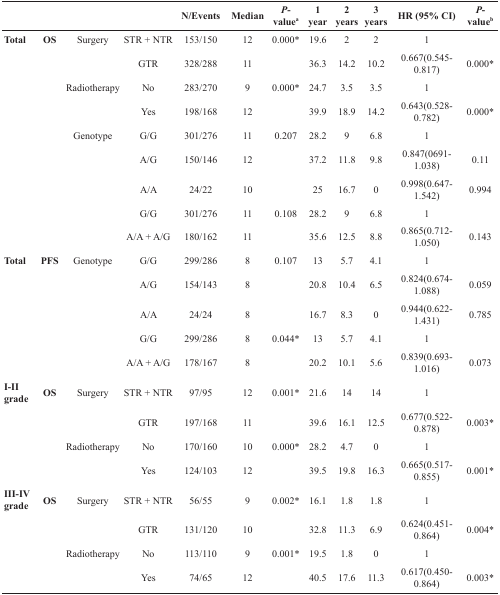
<table><thead><tr><td></td><td></td><td></td><td></td><td><b>N/Events</b></td><td><b>Median</b></td><td><b><i>P</i>-value<sup>a</sup></b></td><td><b>1 year</b></td><td><b>2 years</b></td><td><b>3 years</b></td><td><b>HR (95% CI)</b></td><td><b><i>P</i>-value<sup>b</sup></b></td></tr></thead><tbody><tr><td><b>Total</b></td><td><b>OS</b></td><td>Surgery</td><td>STR + NTR</td><td>153/150</td><td>12</td><td>0.000*</td><td>19.6</td><td>2</td><td>2</td><td>1</td><td></td></tr><tr><td></td><td></td><td></td><td>GTR</td><td>328/288</td><td>11</td><td></td><td>36.3</td><td>14.2</td><td>10.2</td><td>0.667(0.545-0.817)</td><td>0.000*</td></tr><tr><td></td><td></td><td>Radiotherapy</td><td>No</td><td>283/270</td><td>9</td><td>0.000*</td><td>24.7</td><td>3.5</td><td>3.5</td><td>1</td><td></td></tr><tr><td></td><td></td><td></td><td>Yes</td><td>198/168</td><td>12</td><td></td><td>39.9</td><td>18.9</td><td>14.2</td><td>0.643(0.528-0.782)</td><td>0.000*</td></tr><tr><td></td><td></td><td>Genotype</td><td>G/G</td><td>301/276</td><td>11</td><td>0.207</td><td>28.2</td><td>9</td><td>6.8</td><td>1</td><td></td></tr><tr><td></td><td></td><td></td><td>A/G</td><td>150/146</td><td>12</td><td></td><td>37.2</td><td>11.8</td><td>9.8</td><td>0.847(0691-1.038)</td><td>0.11</td></tr><tr><td></td><td></td><td></td><td>A/A</td><td>24/22</td><td>10</td><td></td><td>25</td><td>16.7</td><td>0</td><td>0.998(0.647-1.542)</td><td>0.994</td></tr><tr><td></td><td></td><td></td><td>G/G</td><td>301/276</td><td>11</td><td>0.108</td><td>28.2</td><td>9</td><td>6.8</td><td>1</td><td></td></tr><tr><td></td><td></td><td></td><td>A/A + A/G</td><td>180/162</td><td>11</td><td></td><td>35.6</td><td>12.5</td><td>8.8</td><td>0.865(0.712-1.050)</td><td>0.143</td></tr><tr><td><b>Total</b></td><td><b>PFS</b></td><td>Genotype</td><td>G/G</td><td>299/286</td><td>8</td><td>0.107</td><td>13</td><td>5.7</td><td>4.1</td><td>1</td><td></td></tr><tr><td></td><td></td><td></td><td>A/G</td><td>154/143</td><td>8</td><td></td><td>20.8</td><td>10.4</td><td>6.5</td><td>0.824(0.674-1.088)</td><td>0.059</td></tr><tr><td></td><td></td><td></td><td>A/A</td><td>24/24</td><td>8</td><td></td><td>16.7</td><td>8.3</td><td>0</td><td>0.944(0.622-1.431)</td><td>0.785</td></tr><tr><td></td><td></td><td></td><td>G/G</td><td>299/286</td><td>8</td><td>0.044*</td><td>13</td><td>5.7</td><td>4.1</td><td>1</td><td></td></tr><tr><td></td><td></td><td></td><td>A/A + A/G</td><td>178/167</td><td>8</td><td></td><td>20.2</td><td>10.1</td><td>5.6</td><td>0.839(0.693-1.016)</td><td>0.073</td></tr><tr><td><b>I-II grade</b></td><td><b>OS</b></td><td>Surgery</td><td>STR + NTR</td><td>97/95</td><td>12</td><td>0.001*</td><td>21.6</td><td>14</td><td>14</td><td>1</td><td></td></tr><tr><td></td><td></td><td></td><td>GTR</td><td>197/168</td><td>11</td><td></td><td>39.6</td><td>16.1</td><td>12.5</td><td>0.677(0.522-0.878)</td><td>0.003*</td></tr><tr><td></td><td></td><td>Radiotherapy</td><td>No</td><td>170/160</td><td>10</td><td>0.000*</td><td>28.2</td><td>4.7</td><td>0</td><td>1</td><td></td></tr><tr><td></td><td></td><td></td><td>Yes</td><td>124/103</td><td>12</td><td></td><td>39.5</td><td>19.8</td><td>16.3</td><td>0.665(0.517-0.855)</td><td>0.001*</td></tr><tr><td><b>III-IV grade</b></td><td><b>OS</b></td><td>Surgery</td><td>STR + NTR</td><td>56/55</td><td>9</td><td>0.002*</td><td>16.1</td><td>1.8</td><td>1.8</td><td>1</td><td></td></tr><tr><td></td><td></td><td></td><td>GTR</td><td>131/120</td><td>10</td><td></td><td>32.8</td><td>11.3</td><td>6.9</td><td>0.624(0.451-0.864)</td><td>0.004*</td></tr><tr><td></td><td></td><td>Radiotherapy</td><td>No</td><td>113/110</td><td>9</td><td>0.001*</td><td>19.5</td><td>1.8</td><td>0</td><td>1</td><td></td></tr><tr><td></td><td></td><td></td><td>Yes</td><td>74/65</td><td>12</td><td></td><td>40.5</td><td>17.6</td><td>11.3</td><td>0.617(0.450-0.864)</td><td>0.003*</td></tr></tbody></table>